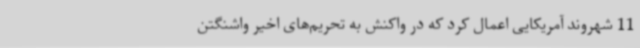
11 شهروند آمریکایی اعمال کرد که در واکنش به تحریم‌های اخیر واشنگتن